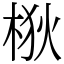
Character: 梑